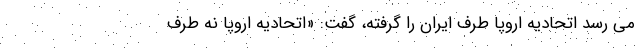
می رسد اتحادیه اروپا طرف ایران را گرفته، گفت: «اتحادیه اروپا نه طرف